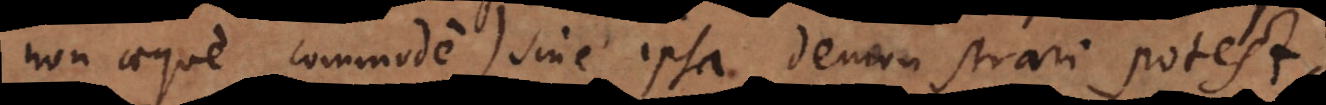
non aeque commode) sine ipsa demonstrari potest.